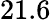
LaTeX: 21.6